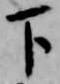
下